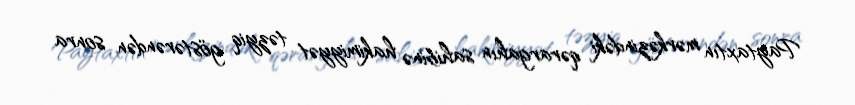
Paytaxtın mərkəzindəki qərargahın sahibinə hakimiyyət təzyiq göstərəndən sonra